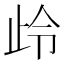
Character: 㱓